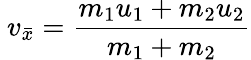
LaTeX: \ v_{\bar{x}}={\frac{m_{1}u_{1}+m_{2}u_{2}}{m_{1}+m_{2}}}